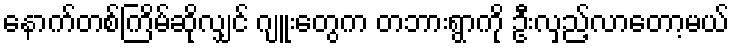
နောက်တစ်ကြိမ်ဆိုလျှင် ဂျူးတွေက တဘားရွာကို ဦးလှည့်လာတော့မယ်